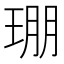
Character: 㻚